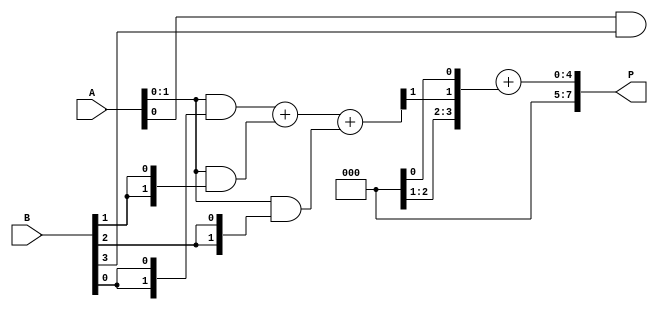
module scalable_wallace_tree_multiplier #(parameter N = 4) (
    input  wire [N-1:0] A,
    input  wire [N-1:0] B,
    output wire [2*N-1:0] P
);

    // Generate partial products
    wire [N-1:0] pp [0:N-1]; // Partial products
    genvar i, j;
    generate
        for (i = 0; i < N; i = i + 1) begin : gen_partial_products
            assign pp[i] = A & {N{B[i]}};
        end
    endgenerate

    // Wallace Tree Reduction
    wire [2*N-1:0] sum [0:N-1]; // Sums at each level
    wire [N-1:0] carry [0:N-1]; // Carries at each level

    // Initial stage: First level of reduction
    generate
        for (i = 0; i < N; i = i + 1) begin : level_0
            assign sum[i] = pp[i];
            assign carry[i] = 0; // No carry in the first level
        end
    endgenerate

    // Wallace Tree Reduction Logic
    genvar level;
    for (level = 0; level < N; level = level + 1) begin : reduction_levels
        if (level < N-1) begin
            wire [N-1:0] sum_next;
            wire [N-1:0] carry_next;

            // Full adder and half adder logic
            for (i = 0; i < (N + 2)/3; i = i + 1) begin : full_adder_group
                if (3*i+2 < N) begin
                    // Full Adder
                    assign {carry_next[3*i+1], sum_next[3*i+1]} = pp[3*i] + pp[3*i+1] + pp[3*i+2];
                end else if (3*i+1 < N) begin
                    // Half Adder
                    assign {carry_next[3*i], sum_next[3*i]} = pp[3*i] + pp[3*i+1];
                end else if (3*i < N) begin
                    // Just pass through
                    assign sum_next[3*i] = pp[3*i];
                end
            end

            // Assign next level sums and carries
            for (j = 0; j < N; j = j + 1) begin
                assign sum[level+1][j] = sum_next[j];
                assign carry[level+1][j] = carry_next[j];
            end
        end
    end

    // Final Addition Stage
    wire [2*N-1:0] final_sum;
    wire [2*N-1:0] final_carry;

    assign final_sum = sum[N-1] + carry[N-1];

    // Output the final product
    assign P = final_sum;

endmodule